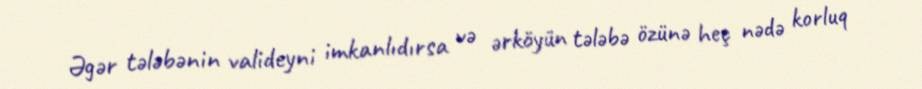
Əgər tələbənin valideyni imkanlıdırsa və ərköyün tələbə özünə heç nədə korluq